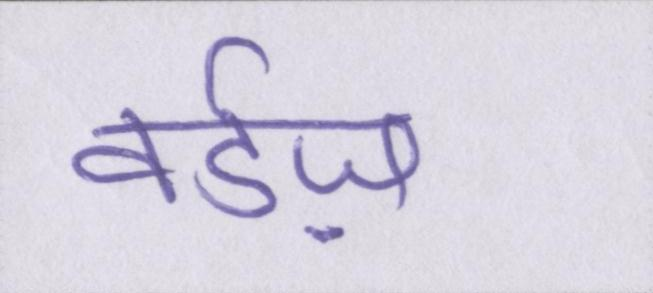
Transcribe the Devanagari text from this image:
वर्डज़